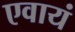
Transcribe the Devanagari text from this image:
एवायं